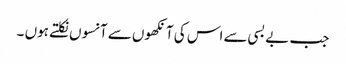
جب بے بسی سے اس کی آنکھوں سے آنسوں نکلتے ہوں ۔